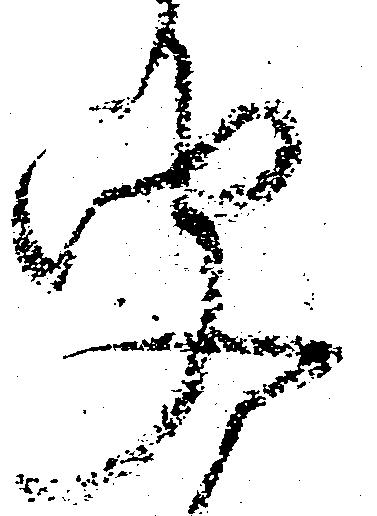
聞